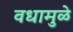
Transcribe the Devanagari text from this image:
वधामुळे